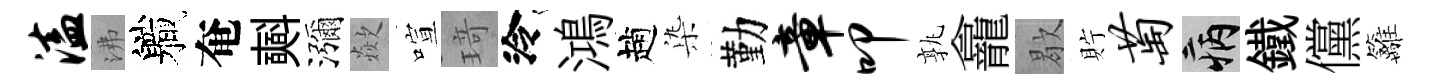
溘沸軄奄𣂏瀰歘喧𤦺泠鴻趙𣑱勤章叩孰龕歇貯萄病鐵儻籬